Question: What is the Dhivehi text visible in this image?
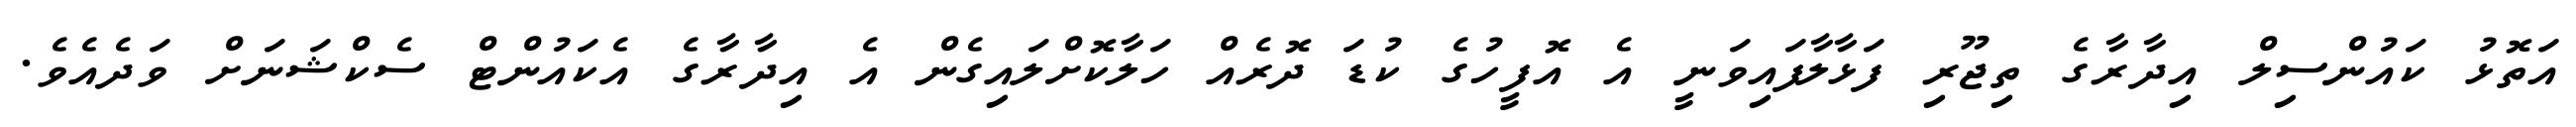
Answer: އަތޮޅު ކައުންސިލް އިދާރާގެ ތިޖޫރި ފަޅާލާފައިވަނީ އެ އޮފީހުގެ ކުޑަ ދޮރެއް ހަލާކޮށްލައިގެން އެ އިދާރާގެ އެކައުންޓް ސެކްޝަނަށް ވަދެއެވެ.